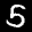
Label: 5